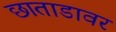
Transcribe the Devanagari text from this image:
छाताडावर